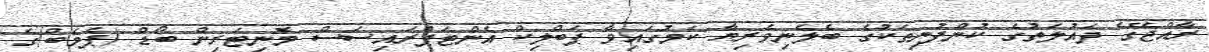
ރާއްޖޭގެ ދައުލަތުގެ ކުންފުނިތަކުގެ ބެލެނިވެރިޔާ ކަމުގައިވާ ޕަބްލިކް އެންޓަޕްރައިސަސް މޮނިޓަރިން ބޯޑް (ޕެމެބް)ގެ